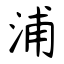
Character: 浦